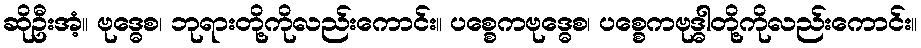
ဆိုဦးအံ့။ ဗုဒ္ဓေစ၊ ဘုရားတို့ကိုလည်းကောင်း။ ပစ္စေကဗုဒ္ဓေစ၊ ပစ္စေကဗုဒ္ဓါတို့ကိုလည်းကောင်း။